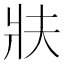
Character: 𭷀